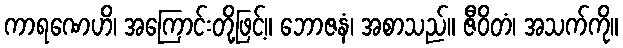
ကာရဏေဟိ၊ အကြောင်းတို့ဖြင့်။ ဘောဇနံ၊ အစာသည်။ ဇီဝိတံ၊ အသက်ကို။